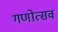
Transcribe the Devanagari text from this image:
गणोत्सव